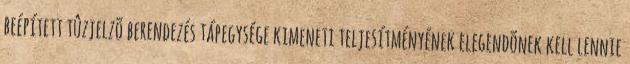
beépített tûzjelzõ berendezés tápegysége kimeneti teljesítményének elegendõnek kell lennie